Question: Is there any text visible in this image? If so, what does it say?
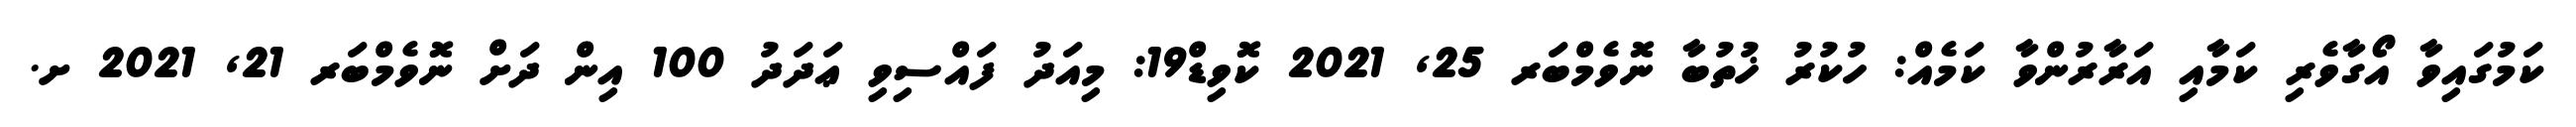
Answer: ކަމުގައިވާ އޯގާވެރި ކަމާއި އަރާރުންވާ ކަމެއް: ހުކުރު ޚުތުބާ ނޮވެމްބަރ 25, 2021 ކޮވިޑް19: މިއަދު ފައްސިވި ޢަދަދު 100 އިން ދަށް ނޮވެމްބަރ 21, 2021 ށ.